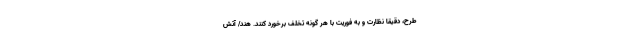
طرح، دقیقاً نظارت و به فوریت با هر گونه تخلف برخورد کنند. هند/ آتش